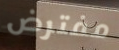
مفترض